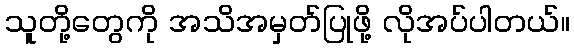
သူတို့တွေကို အသိအမှတ်ပြုဖို့ လိုအပ်ပါတယ်။